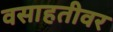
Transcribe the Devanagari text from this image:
वसाहतीवर